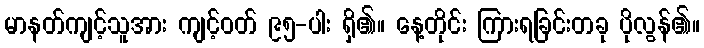
မာနတ်ကျင့်သူအား ကျင့်ဝတ် ၉၅-ပါး ရှိ၏။ နေ့တိုင်း ကြားရခြင်းတခု ပိုလွန်၏။